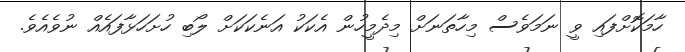
ހާމަކޮށްފައި ވީ ނަމަވެސް މިހާތަނަށް މިދެމީހުން އެކަކު އަނެކަކަށް ލޯބި ހުށަހަޅާފައެއް ނުވެއެވެ.